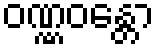
ဝဏ္ဏဝန္တော